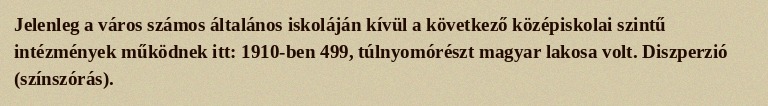
Jelenleg a város számos általános iskoláján kívül a következő középiskolai szintű intézmények működnek itt: 1910-ben 499, túlnyomórészt magyar lakosa volt. Diszperzió (színszórás).